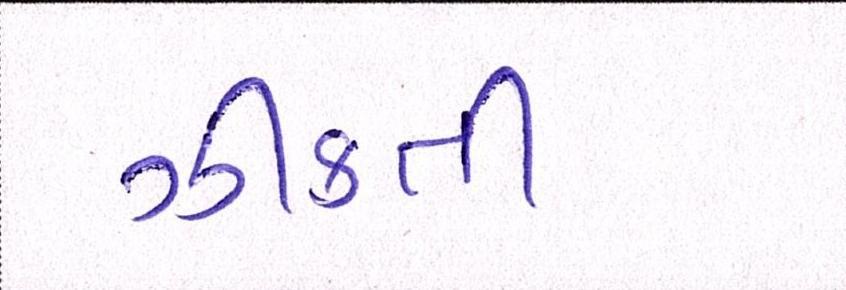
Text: ઝીંકતી